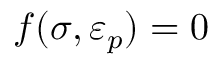
f ( { \boldsymbol { \sigma } } , { \boldsymbol { \varepsilon } } _ { p } ) = 0